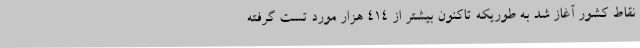
نقاط کشور آغاز شد به طوریکه تاکنون بیشتر از 414 هزار مورد تست گرفته